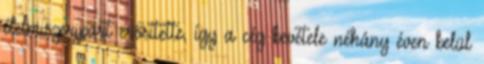
élelmiszeripart erősítette, így a cég bevétele néhány éven belül